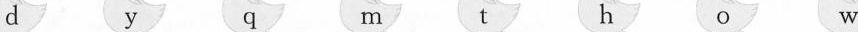
d y q m t h o w